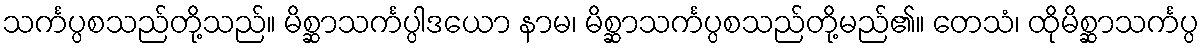
သင်္ကပ္ပစသည်တို့သည်။ မိစ္ဆာသင်္ကပ္ပါဒယော နာမ၊ မိစ္ဆာသင်္ကပ္ပစသည်တို့မည်၏။ တေသံ၊ ထိုမိစ္ဆာသင်္ကပ္ပ